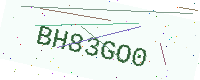
Text: BH83GO0